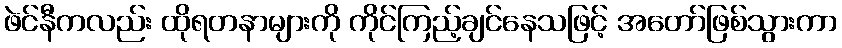
ဖဲင်နီကလည်း ထိုရတနာများကို ကိုင်ကြည့်ချင်နေသဖြင့် အတော်ဖြစ်သွားကာ